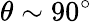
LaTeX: \theta\sim 90^{\circ}